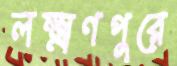
লক্ষ্মণপুরে